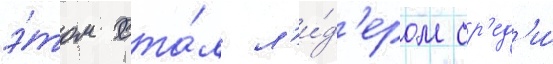
э́том ста́л л'и́д'ером ср'ед'и́